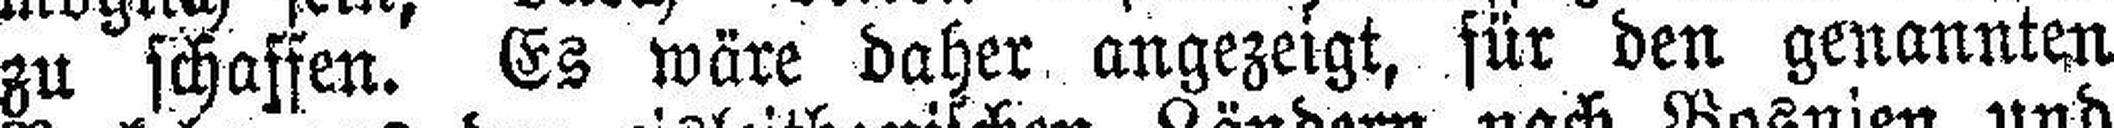
zu schaffen. Es wäre daher angezeigt, für den genannten